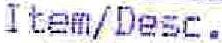
ITEM/DESC.